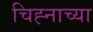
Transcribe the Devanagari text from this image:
चिह्नाच्या